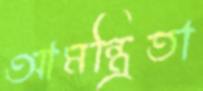
আমন্ত্রিতা